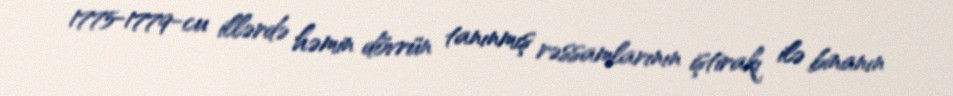
1775-1779-cu illərdə həmin dövrün tanınmış rəssamlarının iştirakı ilə binanın